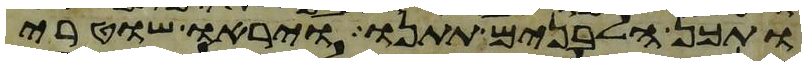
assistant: ותכן הלבנים תתנו ויראו שוטרי